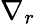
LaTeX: \nabla_{{r}}